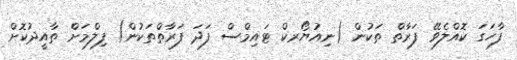
ފާހަގަ ކޮއްލެވޭ ފަރާތް ތަކުން (ނިއުޔޯރކް ޓައިމްސް ފަދަ ފަރާތްތަކުން) ފިލްމަށް ތާއީދުކޮށް